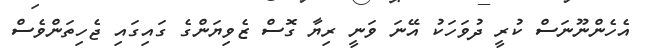
އެހެންނޫނަސް ކުރީ ދުވަހަކު އޭނަ ވަނީ ރިޔާ ގޮސް ޒެވިޔަންގެ ގައިގައި ޖެހިތަންވެސް